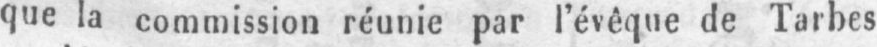
que la commission réunie par l’évêque de Tarbes